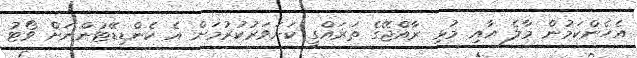
އެހެންކަމުން މާލެ އާއި މުޅި ރާއްޖޭގެ ތަރައްގީ ކަށަވަރުކުރުމަށް އެ ކެންޑިޑޭޓުންނަށް ވޯޓު